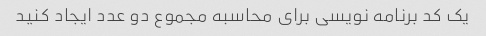
یک کد برنامه نویسی برای محاسبه مجموع دو عدد ایجاد کنید